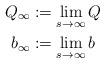
LaTeX: \begin{align*}Q_{\infty}&:=\lim_{s\rightarrow \infty} Q \\b_{\infty}&:= \lim_{s\rightarrow \infty} b\end{align*}